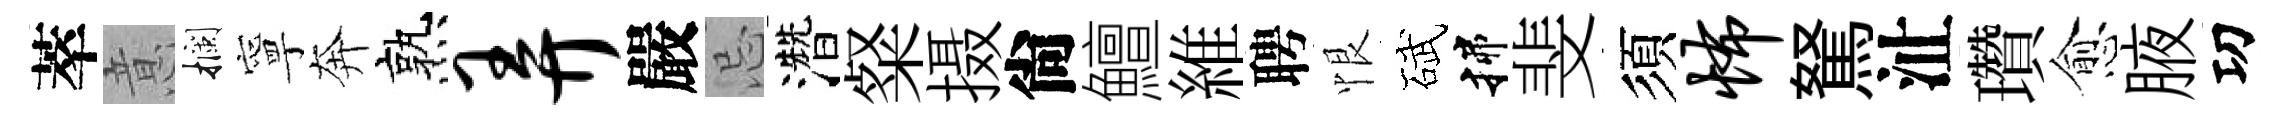
萃意攔寧奔熟弄嚴忌濳粲摄尙鱣維聘恨碔揲斐須怖駑沚瓚愈腋㓛